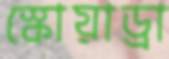
স্কোয়াড্রা